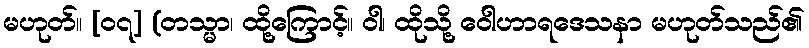
မဟုတ်။ [၀၇] (တသ္မာ၊ ထို့ကြောင့်။ ဝါ၊ ထိုသို့ ဝေါဟာရဒေသနာ မဟုတ်သည်၏